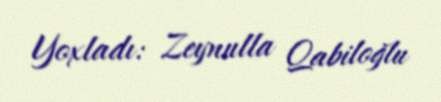
Yoxladı: Zeynulla Qabiloğlu